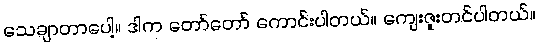
သေချာတာပေါ့။ ဒါက တော်တော် ကောင်းပါတယ်။ ကျေးဇူးတင်ပါတယ်။